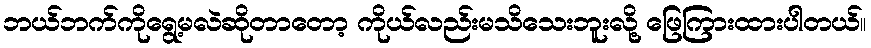
ဘယ်ဘက်ကိုရွေ့မလဲဆိုတာတော့ ကိုယ်လည်းမသိသေးဘူးလို့ ဖြေကြားထားပါတယ်။